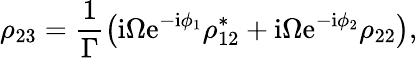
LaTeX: \rho_{23}=\frac{1}{\Gamma}\left(\mathrm{i}\Omega\mathrm{e}^{-\mathrm{i}\phi_{1}}\rho_{12}^{*}+\mathrm{i}\Omega\mathrm{e}^{-\mathrm{i}\phi_{2}}\rho_{22}\right),